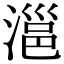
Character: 㴩